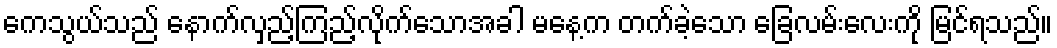
ကေသွယ်သည် နောက်လှည့်ကြည့်လိုက်သောအခါ မနေ့က တက်ခဲ့သော ခြေလမ်းလေးကို မြင်ရသည်။